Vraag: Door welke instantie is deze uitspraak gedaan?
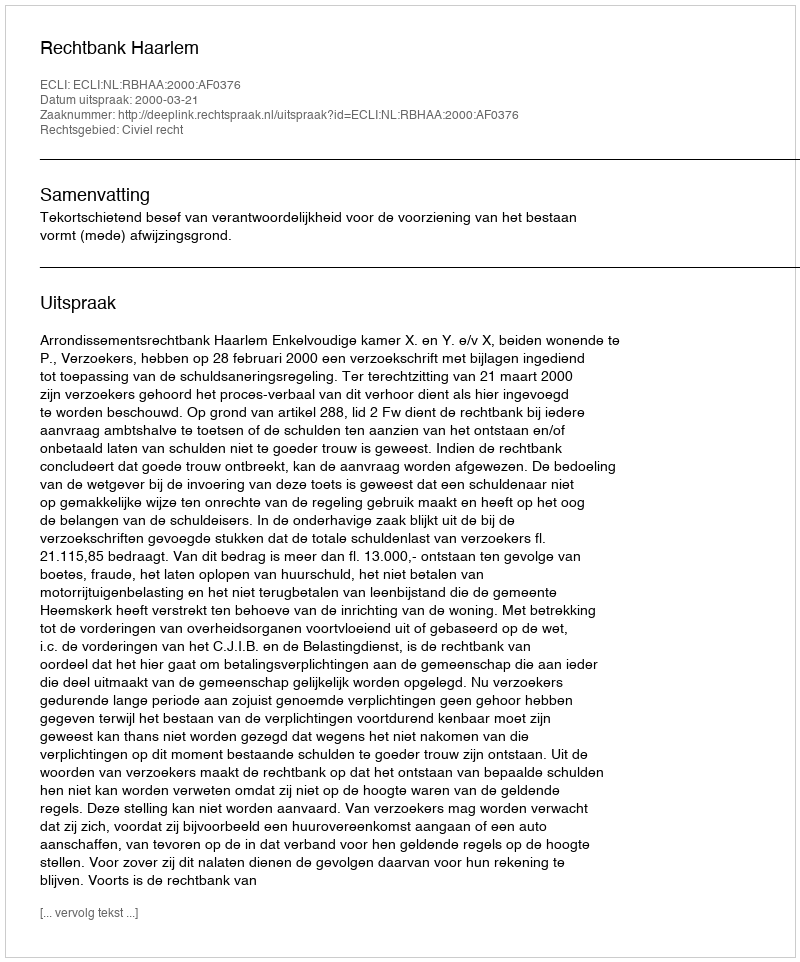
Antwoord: Rechtbank Haarlem